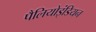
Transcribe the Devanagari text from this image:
पैलियोइंडियन